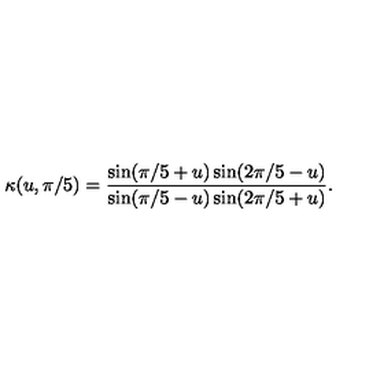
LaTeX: \kappa ( u , { \pi / 5 } ) = { \frac { \sin ( \pi / 5 + u ) \sin ( 2 \pi / 5 - u ) } { \sin ( \pi / 5 - u ) \sin ( 2 \pi / 5 + u ) } } .